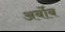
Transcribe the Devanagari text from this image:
अर्बोब